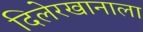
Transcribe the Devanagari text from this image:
दिलेरखानाला